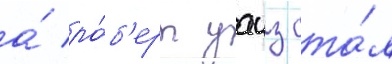
а́ ро́б'ерт уаиз ста́л